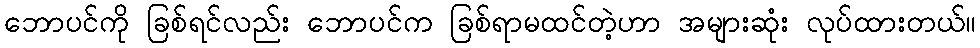
ဘောပင်ကို ခြစ်ရင်လည်း ဘောပင်က ခြစ်ရာမထင်တဲ့ဟာ အများဆုံး လုပ်ထားတယ်။